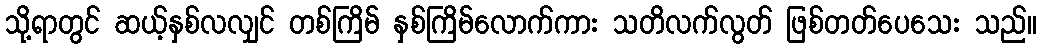
သို့ရာတွင် ဆယ့်နှစ်လလျှင် တစ်ကြိမ် နှစ်ကြိမ်လောက်ကား သတိလက်လွတ် ဖြစ်တတ်ပေသေး သည်။